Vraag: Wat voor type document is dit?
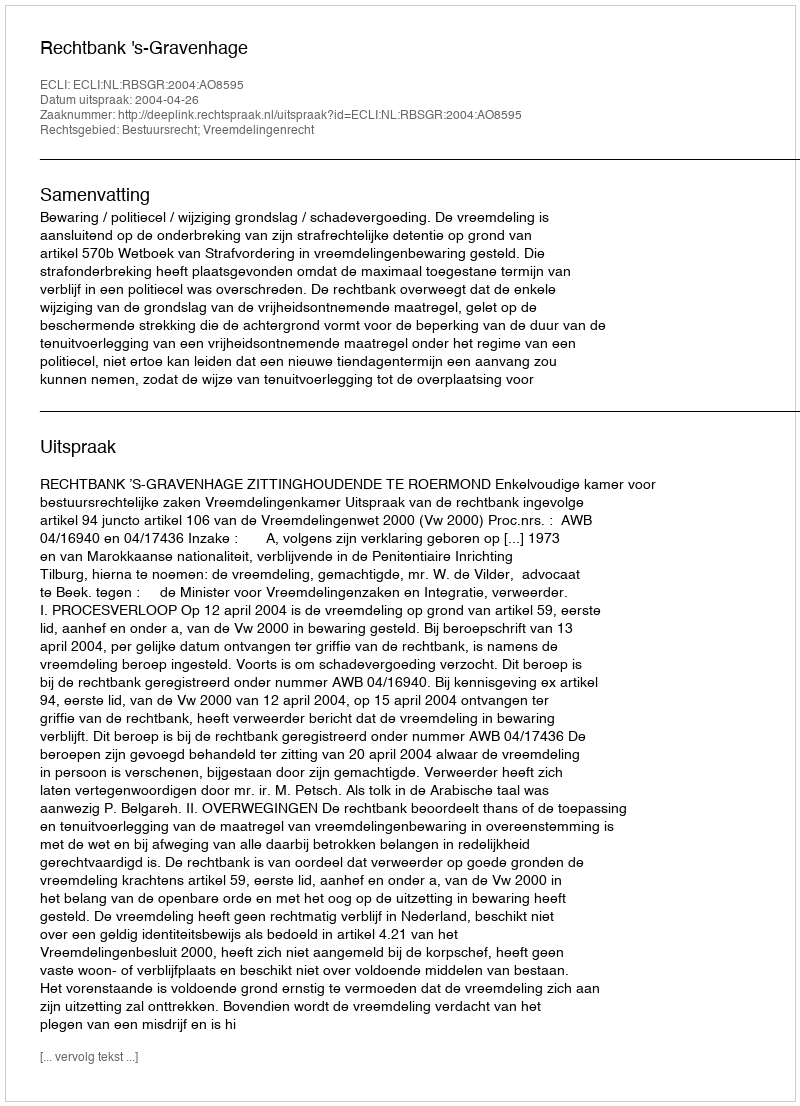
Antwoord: Uitspraak